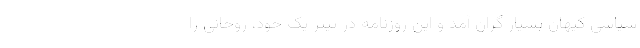
سیاسی کیهان بسیار گران آمد و این روزنامه در تیتر یک خود، روحانی را